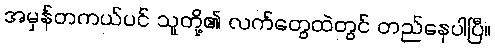
အမှန်တကယ်ပင် သူတို့၏ လက်တွေထဲတွင် တည်နေပါပြီ။